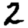
Digit: 2